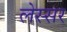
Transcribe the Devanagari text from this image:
लेस्सर